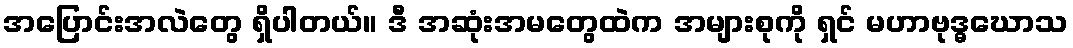
အပြောင်းအလဲတွေ ရှိပါတယ်။ ဒီ အဆုံးအမတွေထဲက အများစုကို ရှင် မဟာဗုဒ္ဓဃောသ